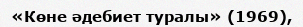
«Көне әдебиет туралы» (1969),